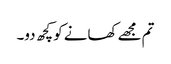
تم مجھے کھانے کو کچھ دو۔